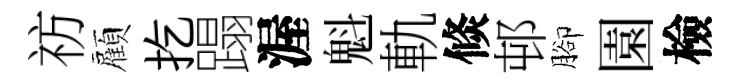
祊顏扢蹋渥魁軌倐邨腳園檢